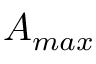
A _ { m a x }